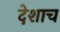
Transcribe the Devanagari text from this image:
देशाच